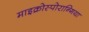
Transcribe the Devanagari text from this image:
माइक्रोस्पोरान्गिया